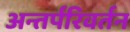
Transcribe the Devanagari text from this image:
अन्तर्परिवर्तन